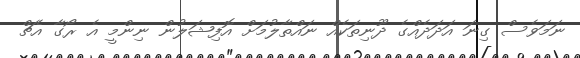
ނަމަވެސް ގިނަ އަދަދެއްގެ ދޫނިތަކެއް ނައްތާލުމަށް އޮފިޝަލުން ނިންމީ އެ ރޯގާ އެޗް